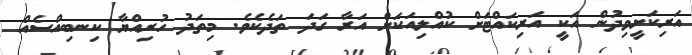
އަރިކަށީވިދުން އަކީ އަރިކައްޓަށް ކުއްލިއަކަށް އަރާ ގަދަ ތަދެކެވެ. މިތަދު ހުރިއްޔާ ކިނބިއްސެއް